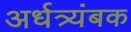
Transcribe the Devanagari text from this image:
अर्धत्र्यंबक